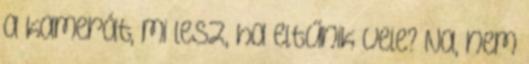
a kamerát, mi lesz, ha eltűnik vele? Na, nem